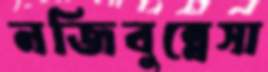
নজিবুন্নেসা